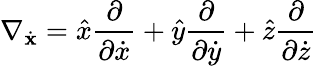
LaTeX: \nabla_{\dot{\mathbf{x}}}={\hat{x}}{\frac{\partial}{\partial{\dot{x}}}}+{\hat{y}}{\frac{\partial}{\partial{\dot{y}}}}+{\hat{z}}{\frac{\partial}{\partial{\dot{z}}}}